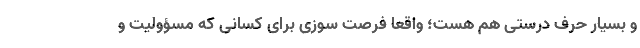
و بسیار حرف درستی هم هست؛ واقعاً فرصت سوزی برای کسانی که مسؤولیت و